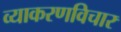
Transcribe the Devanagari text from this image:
व्याकरणविचार